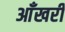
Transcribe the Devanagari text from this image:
आँखरी